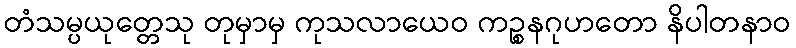
တံသမ္ပယုတ္တေသု တုမှာမှ ကုသလာယေဝ ကဉ္စနဂုဟတော နိပါတနာဝ